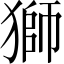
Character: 獅